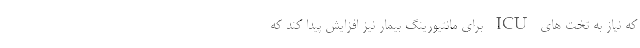
که نیاز به تخت های ICU برای مانتیورینگ بیمار نیز افزایش پیدا کند که